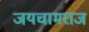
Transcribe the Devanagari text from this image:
जयचामराज